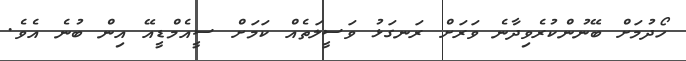
ހޯދުމަށް ބޭނުންކުރެވިދާނެ ވަރަށް ރަނގަޅު ވަސީލަތެއް ކަމަށް ސީއެމްޑީއޭ އިން ބުނެ އެވެ.